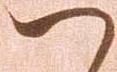
へ